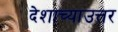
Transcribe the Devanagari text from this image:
देशाच्याउत्तर